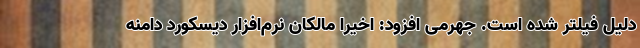
دلیل فیلتر شده است. جهرمی افزود: اخیرا مالکان نرم‌افزار دیسکورد دامنه